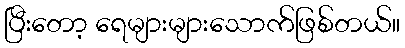
ပြီးတော့ ရေများများသောက်ဖြစ်တယ်။